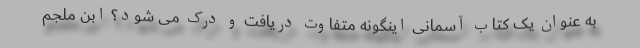
به عنوان یک کتاب آسمانی اینگونه متفاوت دریافت و درک می شود؟ ابن ملجم